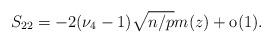
LaTeX: \begin{align*} S_{22} = -2(\nu_4-1)\sqrt{n/p}m(z)+\mathrm{o}(1). \end{align*}